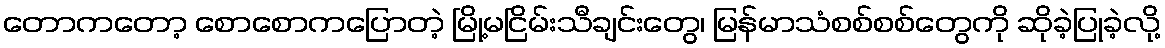
တောကတော့ စောစောကပြောတဲ့ မြို့မငြိမ်းသီချင်းတွေ၊ မြန်မာသံစစ်စစ်တွေကို ဆိုခဲ့ပြုခဲ့လို့